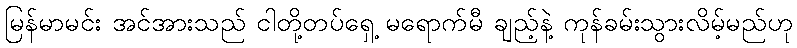
မြန်မာမင်း အင်အားသည် ငါတို့တပ်ရှေ့ မရောက်မီ ချည့်နဲ့ ကုန်ခမ်းသွားလိမ့်မည်ဟု